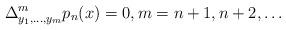
LaTeX: \begin{align*} \Delta_{y_1,\ldots ,y_m}^m p_n(x)=0,m=n+1,n+2,\ldots\end{align*}